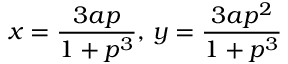
x = { \frac { 3 a p } { 1 + p ^ { 3 } } } , \, y = { \frac { 3 a p ^ { 2 } } { 1 + p ^ { 3 } } }